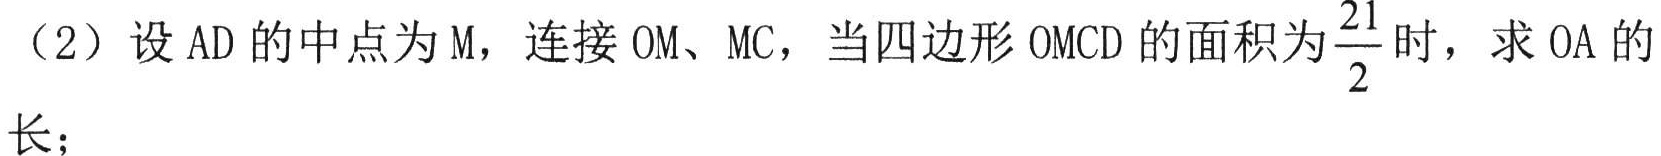
（2）设 \(AD\) 的中点为 \(M\)，连接 \(OM\)、\(MC\)，当四边形 \(OMCD\) 的面积为\(\frac{21}{2}\)时，求 \(OA\) 的长；